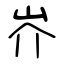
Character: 岕